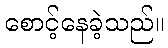
စောင့်နေခဲ့သည်။